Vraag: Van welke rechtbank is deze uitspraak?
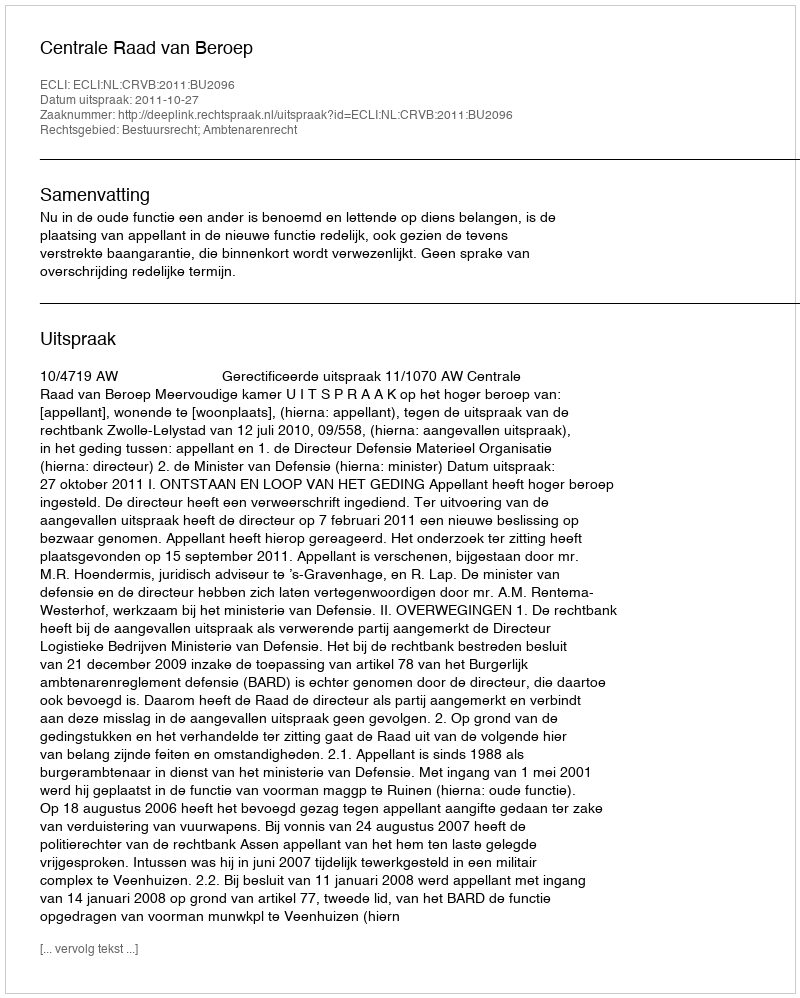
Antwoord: Centrale Raad van Beroep